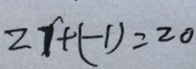
2 1 + ( - 1 ) = 2 0